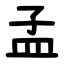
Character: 孟